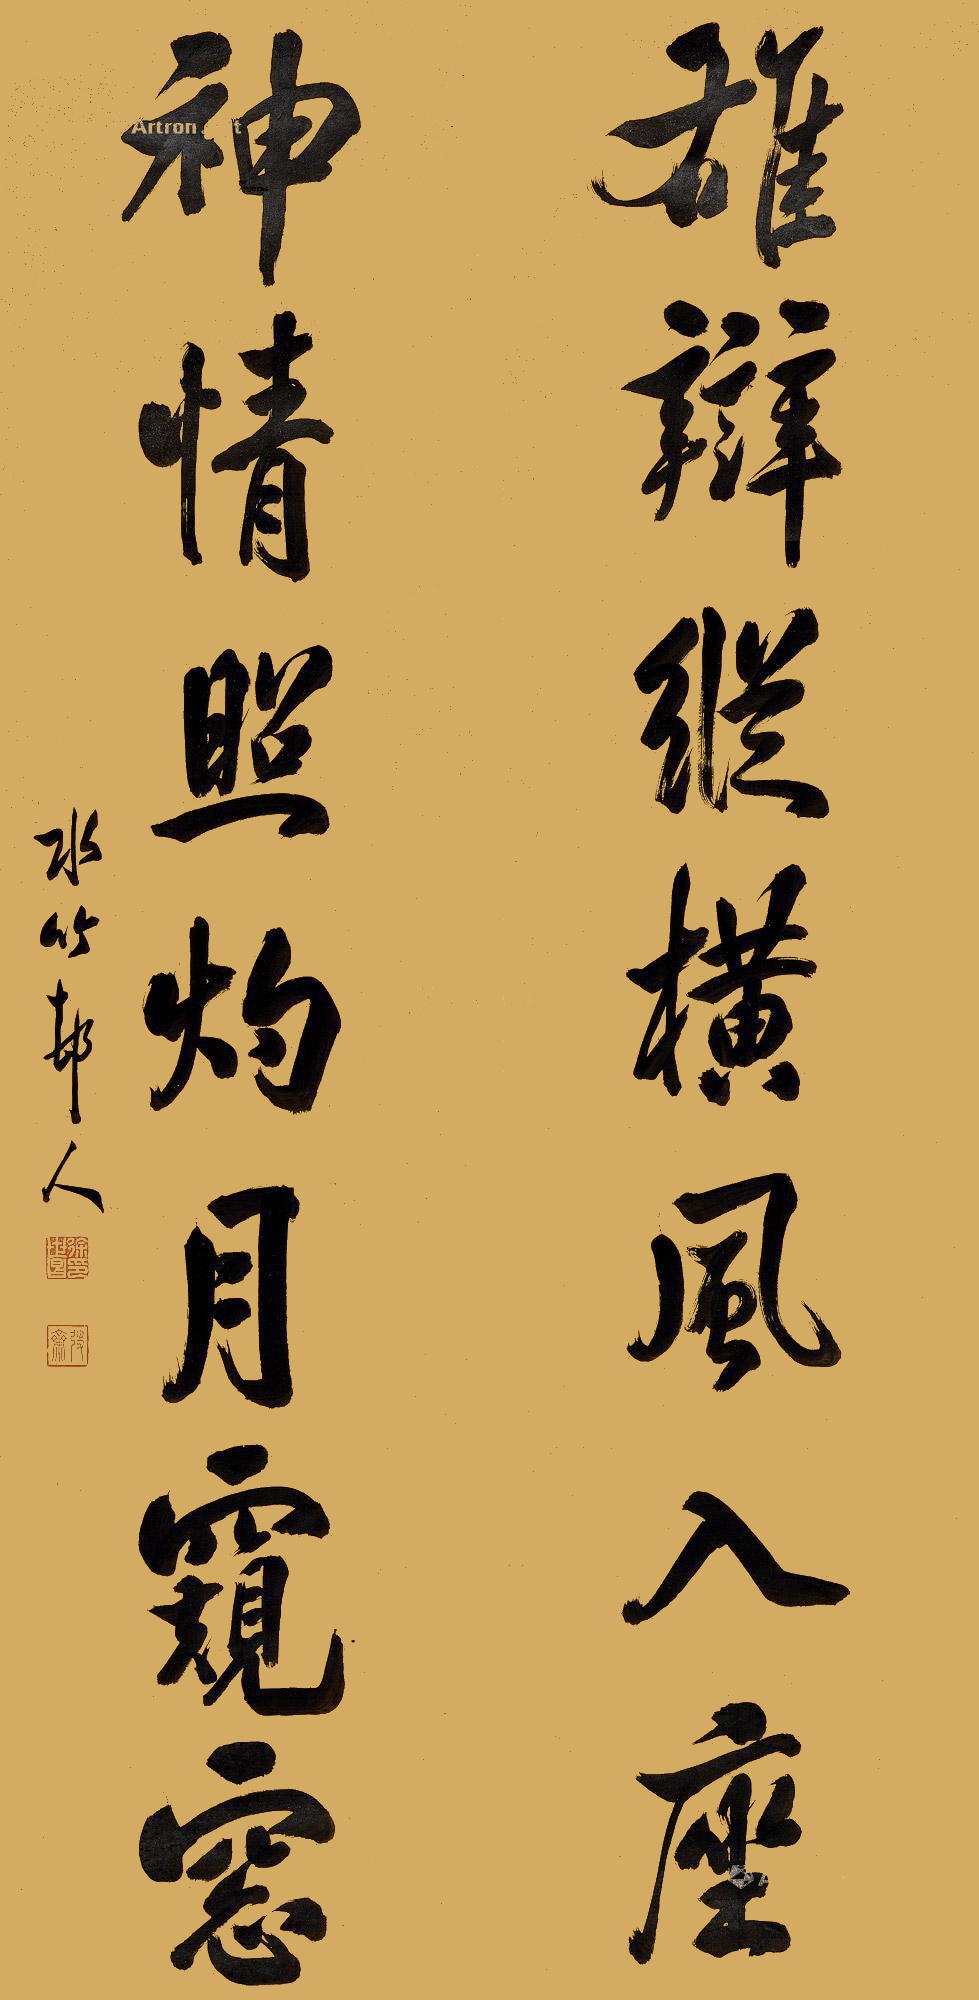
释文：雄辩纵横风入座，神情照灼月窥窗。水竹邨人。